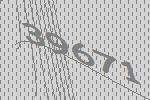
39671